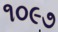
૧૦૯૭